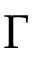
\Gamma